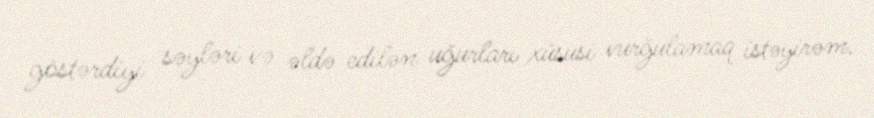
göstərdiyi səyləri və əldə edilən uğurları xüsusi vurğulamaq istəyirəm.